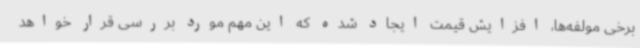
برخی مولفه‌ها، افزایش قیمت ایجاد شده که این مهم مورد بررسی قرار خواهد